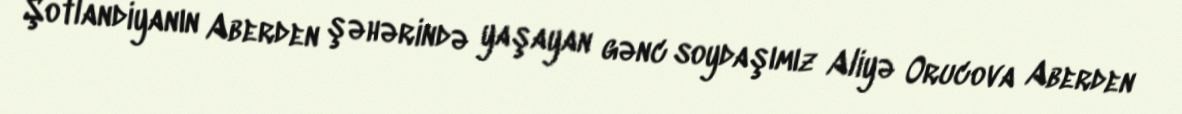
Şotlandiyanın Aberden şəhərində yaşayan gənc soydaşımız Aliyə Orucova Aberden